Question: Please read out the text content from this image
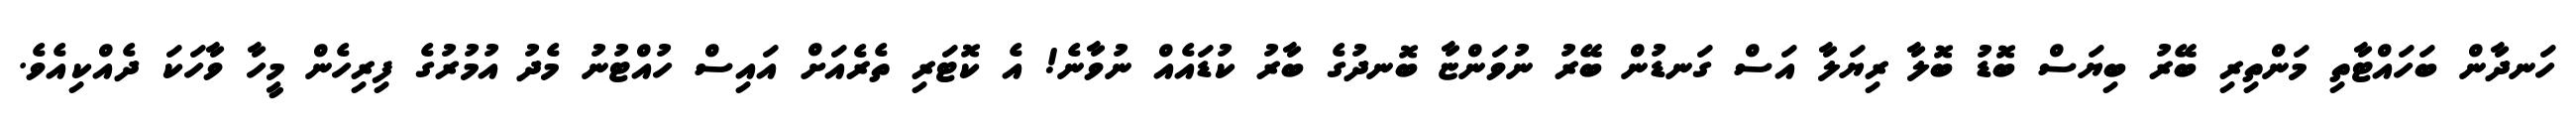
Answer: ހަނދާން ބަހައްޓާތި މަންތިރި ބޭރު ބިޔަސް ބޮޑު ބޮލާ ރިޔަލާ އަސް ގަނޑުން ބޭރު ނުވަންޏާ ބޮނދުގެ ބާރު ކުޑައެއް ނުވާނެ! އެ ކޮޓަރި ތެރެއަށް އައިސް ހުއްޓުނު މެދު އުމުރުގެ ފިރިހެން މީހާ ވާހަކަ ދެއްކިއެވެ.